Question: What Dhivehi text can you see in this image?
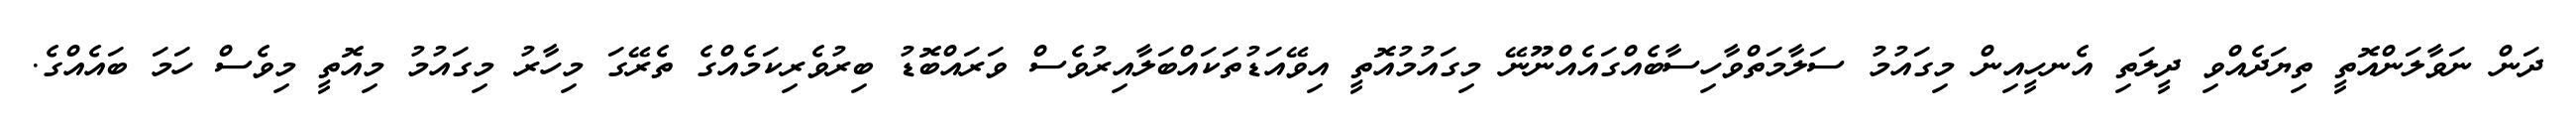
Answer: ދަން ނަވާލަންއޮތީ ތިޔަދެއްވި ދީލަތި އެނހީއިން މިގައުމު ސަލާމަތްވާހިސާބެއްގައެއްނޫނޭ މިގައުމުއޮތީ އިވޭއަޑުތަކައްބަލާއިރުވެސް ވަރައްބޮޑު ބިރުވެރިކަމެއްގެ ތެރޭގަ މިހާރު މިގައުމު މިއޮތީ މިވެސް ހަމަ ބައެއްގެ.